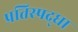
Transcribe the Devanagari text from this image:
प्रतिस्पद्र्धा